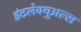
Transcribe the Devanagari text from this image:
इंटलेक्चुअल्स